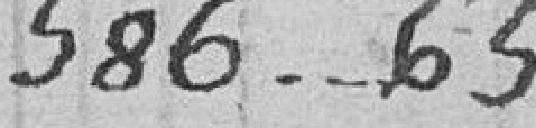
586,65